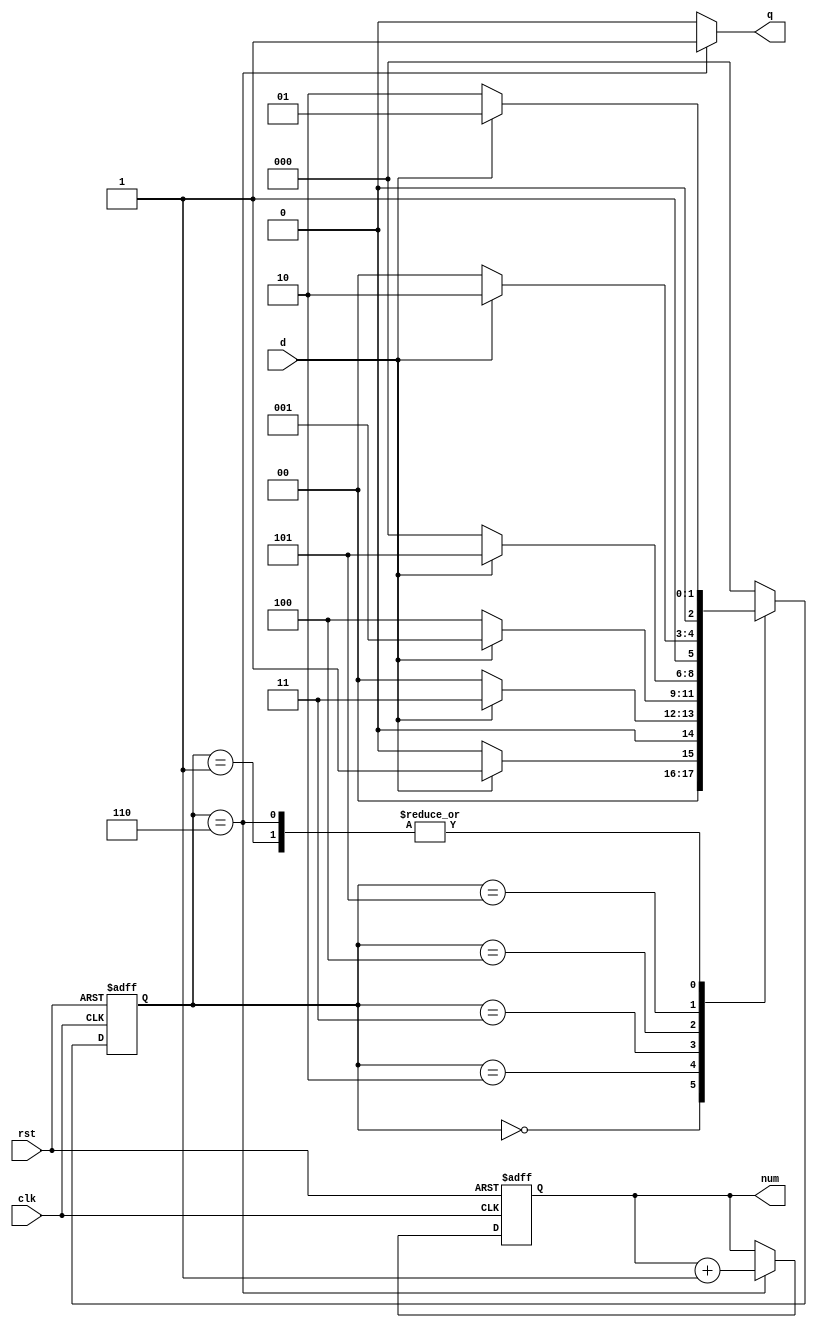
module det_seq(clk, rst, d, q, num);

input clk, rst;
input d;
output reg q;
output reg [2:0] num;

reg [2:0] cs, ns;
parameter one = 3'd0, two = 3'd1, three = 3'd2;
parameter four = 3'd3, five = 3'd4, six = 3'd5, correct = 3'd6;

// reset
always @(posedge clk or posedge rst)
begin
    if(rst)
        cs <= one;
    else 
        cs <= ns;
end

// update state
always @(*)
begin
    case(cs)
    one: begin //1
        ns = (d) ? two : one;
	end
	two: begin //0
        ns = (!d) ? three : two;
	end
	three: begin //1
        ns = (d) ? four : one;
	end
	four: begin //0
        ns = (!d) ? five : two;
	end
	five: begin //1
        ns = (d) ? six : one;
	end
	six: begin //1
        ns = (d) ? correct : five;
	end
    correct: begin
        ns = (d) ? two : three;
    end
	default: ns = one;
	endcase
end 

// output
always@(*)
begin
	if(cs == correct)
		q = 1'd1;
	else
		q = 1'd0;
end
	
always@(posedge clk	or posedge rst)
begin
	if(rst)
		num <= 3'd0;
	else if(cs == correct)
		num <= num + 3'd1;
	else
		num <= num;
end

endmodule